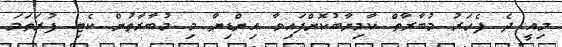
މިއީ ދެ ފެހަރު މުބާރާތް ކާމިޔާބުކޮށްފައިވާ އިންޑިޔާ މި މުބާރާތުން ކެޓި ފުރަތަމަ